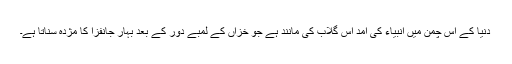
دنیا کے اس چمن میں انبیاء کی آمد اس گلاب کی مانند ہے جو خزاں کے لمبے دور کے بعد بہار جانفزا کا مژدہ سناتا ہے۔